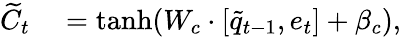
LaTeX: \begin{array}{rl}{\widetilde{C}_{t}}&{{}=\operatorname{tanh}({W_{c}\cdot[\tilde{q}_{t-1},e_{t}]+\beta_{c}}),}\end{array}